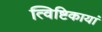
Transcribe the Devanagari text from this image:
त्विष्टिकायां